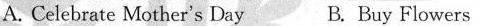
A. Celebrate Mother's Day B. Buy Flowers